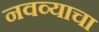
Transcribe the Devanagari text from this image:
नवव्याचा